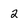
Character: 2